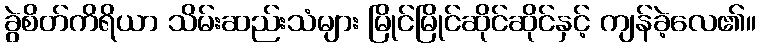
ခွဲစိတ်ကိရိယာ သိမ်းဆည်းသံများ မြိုင်မြိုင်ဆိုင်ဆိုင်နှင့် ကျန်ခဲ့လေ၏။